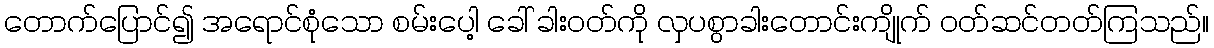
တောက်ပြောင်၍ အရောင်စုံသော စမ်းပေါ့ ခေါ် ခါးဝတ်ကို လှပစွာခါးတောင်းကျိုက် ဝတ်ဆင်တတ်ကြသည်။